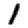
Digit: 1